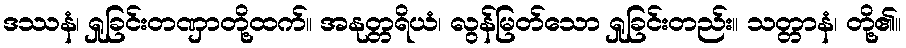
ဒဿနံ၊ ရှုခြင်းတဏှာတို့ထက်။ အနုတ္တရိယံ၊ လွန်မြတ်သော ရှုခြင်းတည်း။ သတ္တာနံ၊ တို့၏။